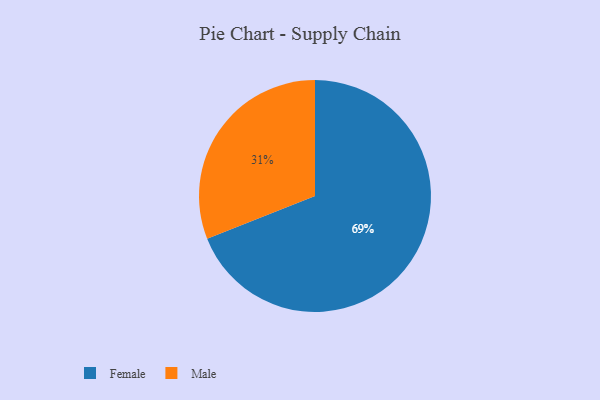
{"axis": {"x": "Category", "y": "Percentage"}, "legend": ["Female", "Male"], "data": [{"x": "Male", "y": 31, "type": "Male"}, {"x": "Female", "y": 69, "type": "Female"}]}